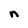
Character: n